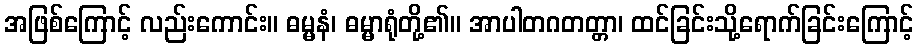
အဖြစ်ကြောင့် လည်းကောင်း။ ဓမ္မနံ၊ ဓမ္မာရုံတို့၏။ အာပါတဂတတ္တာ၊ ထင်ခြင်းသို့ရောက်ခြင်းကြောင့်